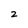
Character: 2